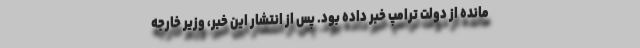
مانده از دولت ترامپ خبر داده بود. پس از انتشار این خبر، وزیر خارجه